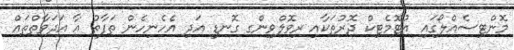
މޮންޓިސެއްލޯގައި އުޓޮމެޓިކް ދޮރުތަކާއި ރިވޮލްވިންގ ގޮނޑި އަދި އެހެނިހެން ތަފާތު އާ އަދަވާތްތައް